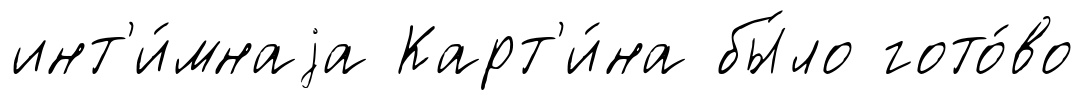
инт'и́мнаjа Карт'и́на бы́ло гото́во